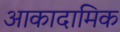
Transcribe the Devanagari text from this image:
आकादामिक